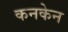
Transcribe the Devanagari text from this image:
कनकेन